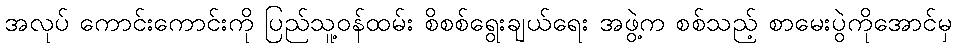
အလုပ် ကောင်းကောင်းကို ပြည်သူ့ဝန်ထမ်း စိစစ်ရွေးချယ်ရေး အဖွဲ့က စစ်သည့် စာမေးပွဲကိုအောင်မှ